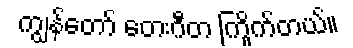
ကျွန်တော် တေးဂီတ ကြိုက်တယ်။